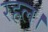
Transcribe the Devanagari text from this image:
रहल।